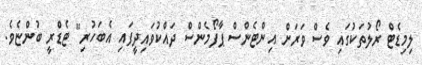
ލިމިޑެޓް ރޯލުތަކުގައި ވެސް ވަރަށް އިންޓެންސް ޕާފޯމެންސް ދައްކުވައިދީފައި އެބަހުރި" ޓެޑްރީ ބުންޏެވެ.